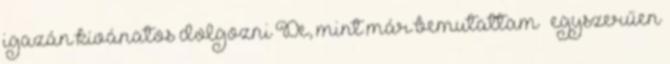
igazán kívánatos dolgozni De, mint már bemutattam – egyszerűen